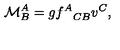
\mathcal { M } _ { B } ^ { A } = g { f ^ { A } } _ { C B } v ^ { C } ,